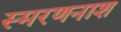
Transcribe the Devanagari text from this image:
स्मरणनाश